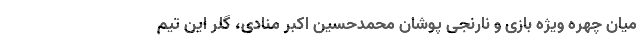
میان چهره ویژه بازی و نارنجی پوشان محمدحسین اکبر منادی، گلر این تیم